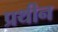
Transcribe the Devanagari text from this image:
प्रथीन